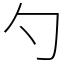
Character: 勺